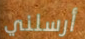
أرسلني